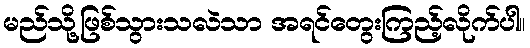
မည်သို့ဖြစ်သွားသလဲသာ အရင်တွေးကြည့်လိုက်ပါ။